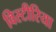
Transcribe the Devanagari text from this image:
विस्टीरिया